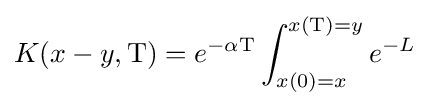
K(x-y,\mathrm {T} )=e^{-\alpha \mathrm {T} }\int _{x(0)=x}^{x(\mathrm {T} )=y}e^{-L}